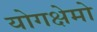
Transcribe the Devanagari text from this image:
योगक्षेमो